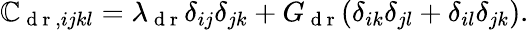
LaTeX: \mathbb{C}_{\mathrm{~d~r~},ijkl}=\lambda_{\mathrm{~d~r~}}\delta_{ij}\delta_{jk}+G_{\mathrm{~d~r~}}(\delta_{ik}\delta_{jl}+\delta_{il}\delta_{jk}).